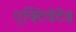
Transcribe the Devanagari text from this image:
एक्टिवेटेड